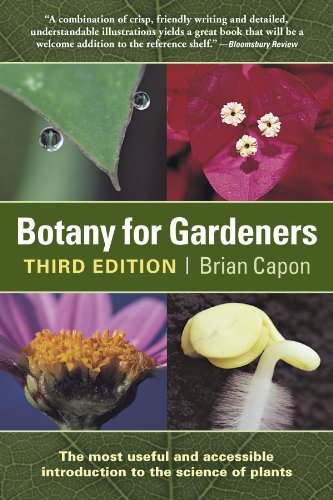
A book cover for Botany for Gardeners, 3rd Edition; Brian Capon; Crafts, Hobbies & Home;